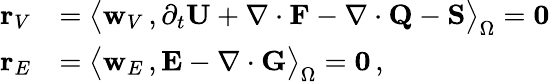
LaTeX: \begin{array}{rl}{{\mathbf r}_{V}}&{=\big\langle{{\mathbf w}_{V}}\, ,\partial_{{t}}{\mathbf U}+\nabla\cdot{\mathbf F}-\nabla\cdot{\mathbf Q}-{\mathbf S}\big\rangle_{\Omega}={\mathbf 0}}\\ {{\mathbf r}_{E}}&{=\big\langle{\mathbf w}_{E}\, ,{\mathbf E}-\nabla\cdot{\mathbf G}\big\rangle_{\Omega}={\mathbf 0}\, ,}\end{array}